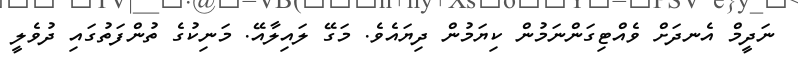
ނަދީމް އެނދަށް ވެއްޓިގަންނަމުން ކިޔަމުން ދިޔައެވެ. މަގޭ ލައިލާއޭ. މަނިކުގެ ތުންފަތުގައި ދުވެލީ